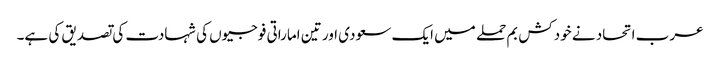
عرب اتحاد نے خودکش بم حملے میں ایک سعودی اور تین اماراتی فوجیوں کی شہادت کی تصدیق کی ہے۔